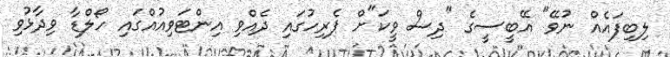
ލިބިފައެއް ނުވޭ" އޭބީސީގެ "ދިސް ވީކަ"ށް ޕެރިހުގައި ދެއްވި އިންޓަވިއުއްގައި ހޯލްޑާ ވިދާޅުވި